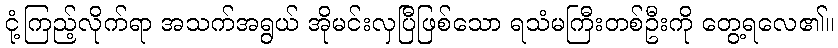
ငုံ့ကြည့်လိုက်ရာ အသက်အရွယ် အိုမင်းလှပြီဖြစ်သော ရသံမကြီးတစ်ဦးကို တွေ့ရလေ၏။